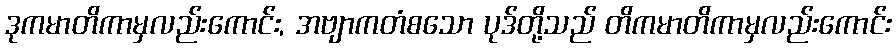
ဒုကမာတိကာမှလည်းကောင်း, အဗျာကတံစသော ပုဒ်တို့သည် တိကမာတိကာမှလည်းကောင်း